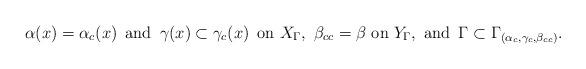
LaTeX: \begin{align*} \hbox{$\alpha(x) = \alpha_c (x)$ \,and \,$\gamma(x) \subset \gamma_c(x)$ \,on $X_\Gamma$, \,$\beta_{cc} = \beta$ on $Y_\Gamma$, \,and \,$\Gamma \subset \Gamma_{(\alpha_c, \gamma_c, \beta_{cc})}.$} \end{align*}